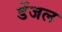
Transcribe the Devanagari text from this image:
डेंजल